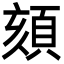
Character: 頦